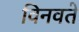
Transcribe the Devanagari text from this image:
विनवते